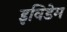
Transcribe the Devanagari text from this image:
इविडेम